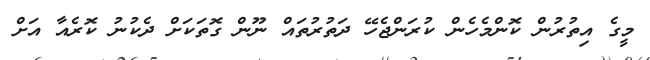
މީގެ އިތުރުން ކޮންމެހެން ކުރަންޖެހޭ ދަތުރުތައް ނޫން ގޮތަކަށް ދެކުނު ކޮރެއާ އަށް